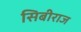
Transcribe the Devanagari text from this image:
सिबीराज